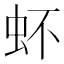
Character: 𧉈